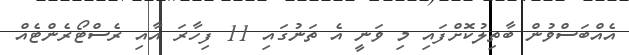
އެއްބަސްވުން ބާތިލުކޮށްފައި މި ވަނީ އެ ތަނުގައި 11 ފިހާރަ އާއި ރެސްޓޯރެންޓެއް